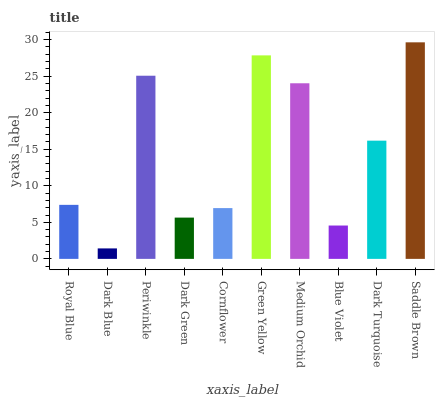
| xaxis_label | bars |
 | --- | --- |
 | Royal Blue | 7.39 |
 | Dark Blue | 1.43 |
 | Periwinkle | 25 |
 | Dark Green | 5.65 |
 | Cornflower | 6.95 |
 | Green Yellow | 27.8 |
 | Medium Orchid | 24 |
 | Blue Violet | 4.56 |
 | Dark Turquoise | 16.2 |
 | Saddle Brown | 29.6 |